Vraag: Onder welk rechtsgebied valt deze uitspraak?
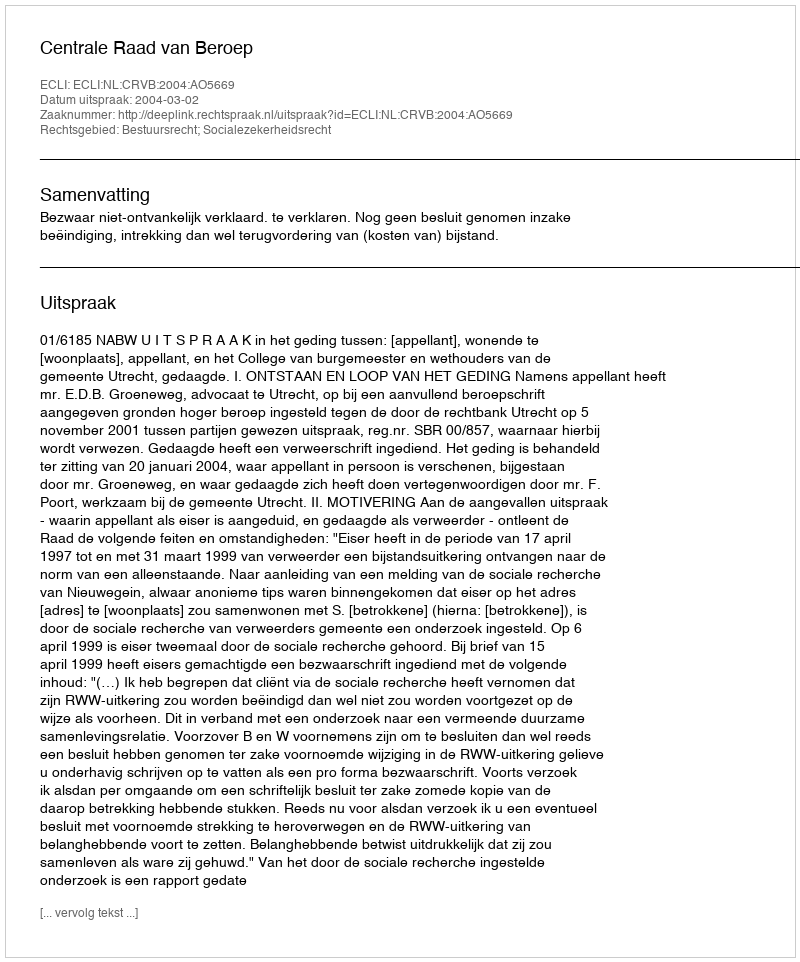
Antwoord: Bestuursrecht; Socialezekerheidsrecht